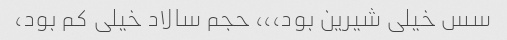
سس خیلی شیرین بود،،، حجم سالاد خیلی کم بود،